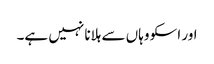
اور اسکو وہاں سے ہلانا نہیں ہے۔